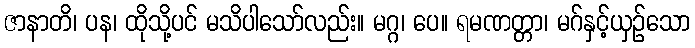
ဇာနာတိ၊ ပန၊ ထိုသို့ပင် မသိပါသော်လည်း။ မဂ္ဂ၊ ပေ။ ရမဏတ္တာ၊ မဂ်နှင့်ယှဉ်သော